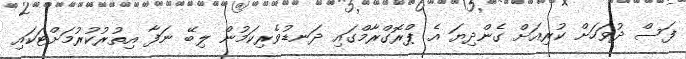
ފަސް ދުވަހަށް ކުރިއަށް ގެންދިޔަ އެ ޕްރޮގްރާމްގައި ދަނޑުވެރިކަމުން ލިބޭ ނަފާ އިތުރުކުރުމަށްޓަކައި